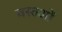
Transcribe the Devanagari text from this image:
वस्तओं